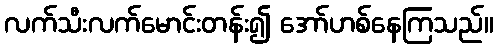
လက်သီးလက်မောင်းတန်း၍ အော်ဟစ်နေကြသည်။